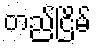
တည်ငြိမ်